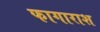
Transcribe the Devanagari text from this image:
फागाराश